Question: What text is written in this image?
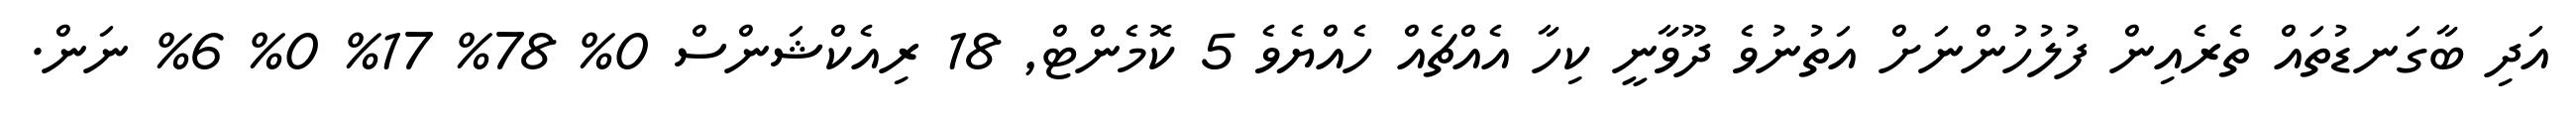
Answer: އަދި ބާގަނޑުތައް ތެރެއިން ފުލުހުންނަށް އަތުނުވެ ދޫވާނީ ކިހާ އެއްޗެއް ހެއްޔެވެ 5 ކޮމެންޓް, 18 ރިއެކްޝަންސް 0% 78% 17% 0% 6% ނަން.